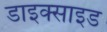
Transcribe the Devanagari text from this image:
डाइक्साइड